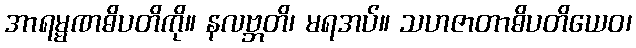
အာရမ္မဏဓိပတိကို။ နလဗ္ဘတိ၊ မရအပ်။ သဟဇာတာဓိပတိယေဝ၊